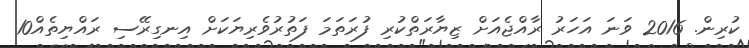
ކުރިން. 2016 ވަނަ އަހަރު ރާއްޖެއަށް ޒިޔާރަތްކުރި ފުރަތަމަ ފަތުރުވެރިޔަކަށް އިނގިރޭސި ރައްޔިތެއް10